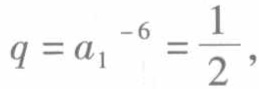
\(q = a_{1}^{-6} = \frac{1}{2},\)